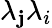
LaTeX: \lambda_{\mathbf{j}}\lambda_{i}